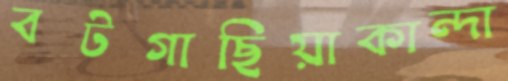
বটগাছিয়াকান্দা